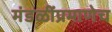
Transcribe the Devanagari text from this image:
मंडळींप्रमाणेच